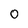
Character: 0